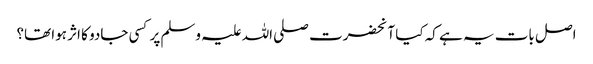
اصل بات یہ ہے کہ کیا آنحضرت صلی اللہ علیہ وسلم پر کسی جادو کا اثر ہوا تھا؟